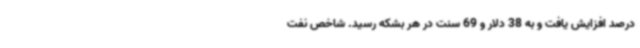
درصد افزایش یافت و به 38 دلار و 69 سنت در هر بشکه رسید. شاخص نفت